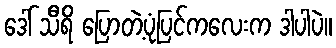
ဒေါ် သီရိ ပြောတဲ့ပုံပြင်ကလေးက ဒါပါပဲ။